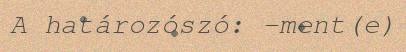
A határozószó: -ment(e)